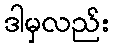
ဒါမှလည်း